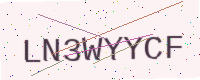
Text: LN3WYYCF